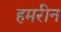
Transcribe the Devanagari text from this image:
हमरीन